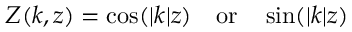
Z ( k , z ) = \cos ( | k | z ) \, \, \, \, \, \, \mathrm { o r } \, \, \, \, \, \, \sin ( | k | z )